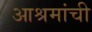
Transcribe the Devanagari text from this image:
आश्रमांची